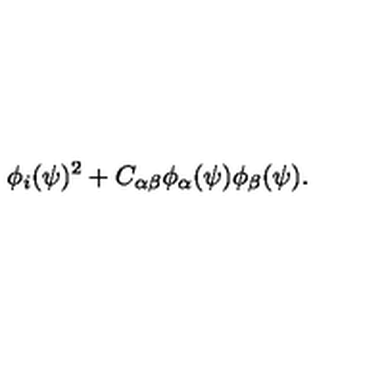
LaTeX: \phi _ { i } ( \psi ) ^ { 2 } + C _ { \alpha \beta } \phi _ { \alpha } ( \psi ) \phi _ { \beta } ( \psi ) .